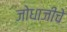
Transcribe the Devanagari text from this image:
जोधाजीचे